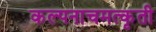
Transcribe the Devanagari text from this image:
कल्पनाचमत्कृती